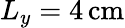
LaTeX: L_{y}=4\, \mathrm{cm}